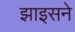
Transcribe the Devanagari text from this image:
झाइसने